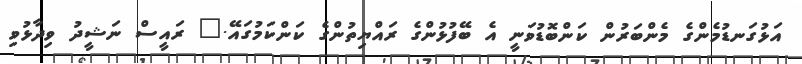
އަޅުގަނޑުމެންގެ މެންބަރުން ކަންބޮޑުވަނީ އެ ބޭފުޅުންގެ ރައްޔިތުންގެ ކަންކަމުގައޭ." ރައީސް ނަޝީދު ވިދާޅުވި